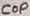
Text: Cop